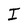
Character: I